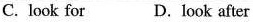
C.look for D.look after